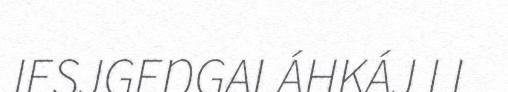
IESJGEŊGALÁHKÁJ LI